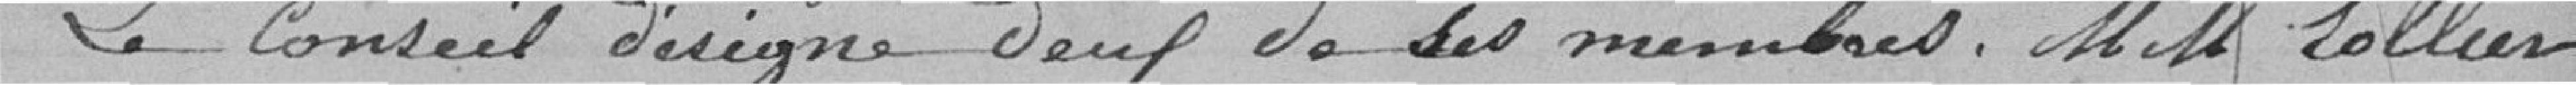
Le Conseil désigne deux de ses membres Messieurs LOLLIER